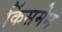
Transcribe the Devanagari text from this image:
किंसमेन